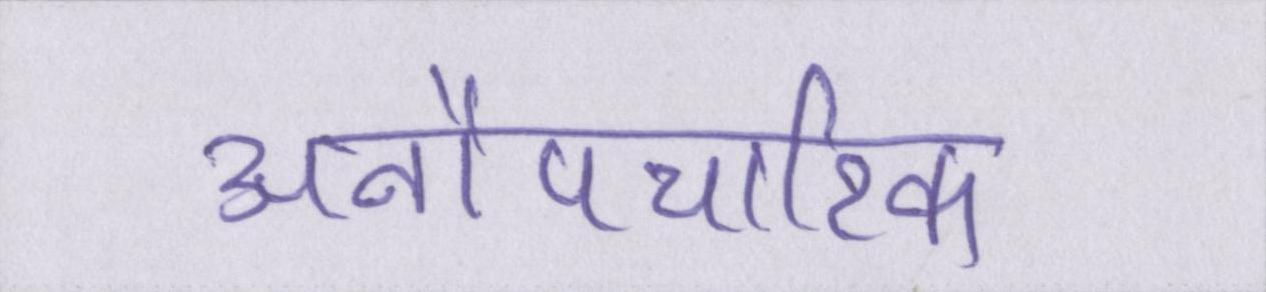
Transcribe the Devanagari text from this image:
अनौपचारिक